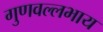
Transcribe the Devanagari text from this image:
गुणवल्लभाय